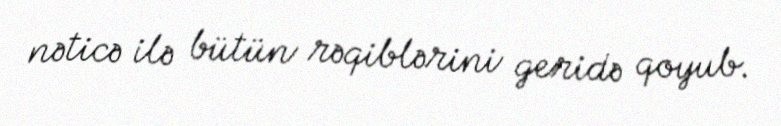
nəticə ilə bütün rəqiblərini geridə qoyub.